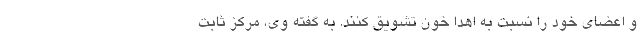
و اعضای خود را نسبت به اهدا خون تشویق کنند. به گفته وی، مرکز ثابت